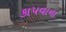
કાપવાના